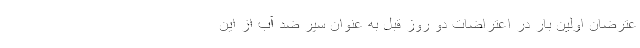
عترضان اولین بار در اعتراضات دو روز قبل به عنوان سپر ضد آب از این